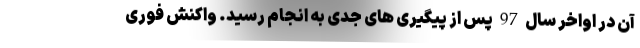
آن در اواخر سال 97 پس از پیگیری های جدی به انجام رسید. واکنش فوری